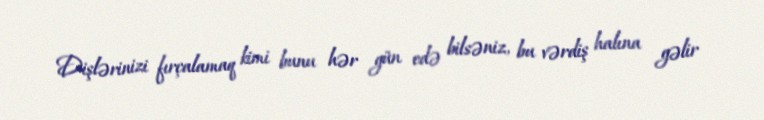
Dişlərinizi fırçalamaq kimi bunu hər gün edə bilsəniz, bu vərdiş halına gəlir